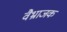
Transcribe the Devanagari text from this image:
वैभ्राजक